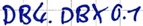
Text: DB4.DBX0.1